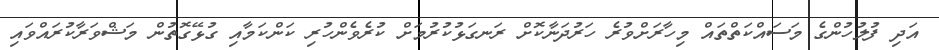
އަދި ފުލުހުންގެ މަސައްކަތްތައް މިހާރަށްވުރެ ހަރުދަނާކޮށް ރަނގަޅުކުރުމަށް ކުރެވެންހުރި ކަންކަމާއި ގުޅޭގޮތުން މަޝްވަރާކުރައްވައި